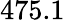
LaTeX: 475.1